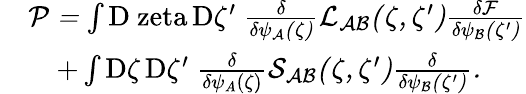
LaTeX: \begin{array}{rl}&{\cal{P}=\int\mathrm{D\ zeta}\, {\mathrm{D}\zeta^{\prime}}\ \frac{\delta}{\delta\psi_{A}(\zeta)}\cal{L}_{AB}(\zeta,\zeta^{\prime})\frac{\delta\cal{F}}{\delta\psi_{B}(\zeta^{\prime})}}\\ &{\quad+\int{\mathrm{D}\zeta}\, {\mathrm{D}\zeta^{\prime}}\ \frac{\delta}{\delta\psi_{A}(\zeta)}\cal{S}_{AB}(\zeta,\zeta^{\prime})\frac{\delta}{\delta\psi_{B}(\zeta^{\prime})}.}\end{array}